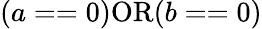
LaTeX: (a==0)\textrm{OR}(b==0)